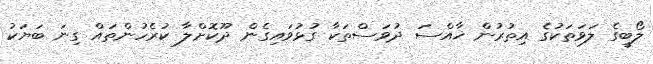
ލޯބީގެ ލަވަތަކުގެ އިތުރުން ޚާއްސަ ދުވަސްތަކާ ގުޅުވައިގެން ދޫކޮށްލާ ކުރެހުންތައް ގިނަ ބަޔަކު